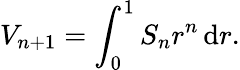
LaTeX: V_{n+1}=\int_{0}^{1}S_{n}r^{n}\, \mathrm{d}r.